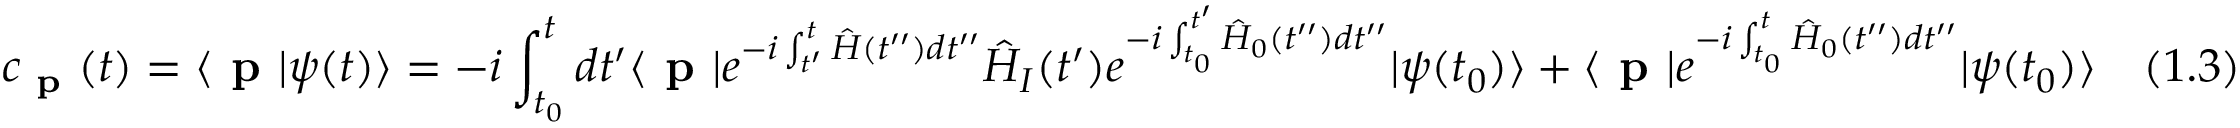
c _ { \textbf { p } } ( t ) = \langle { \textbf { p } } | \psi ( t ) \rangle = - i \int _ { t _ { 0 } } ^ { t } d t ^ { \prime } \langle { \textbf { p } } | e ^ { - i \int _ { t ^ { \prime } } ^ { t } { \hat { H } } ( t ^ { \prime \prime } ) d t ^ { \prime \prime } } { \hat { H } } _ { I } ( t ^ { \prime } ) e ^ { - i \int _ { t _ { 0 } } ^ { t ^ { \prime } } { \hat { H } } _ { 0 } ( t ^ { \prime \prime } ) d t ^ { \prime \prime } } | { \psi ( t _ { 0 } ) } \rangle + \langle { \textbf { p } } | e ^ { - i \int _ { t _ { 0 } } ^ { t } { \hat { H } } _ { 0 } ( t ^ { \prime \prime } ) d t ^ { \prime \prime } } | \psi ( t _ { 0 } ) \rangle \quad ( 1 . 3 )